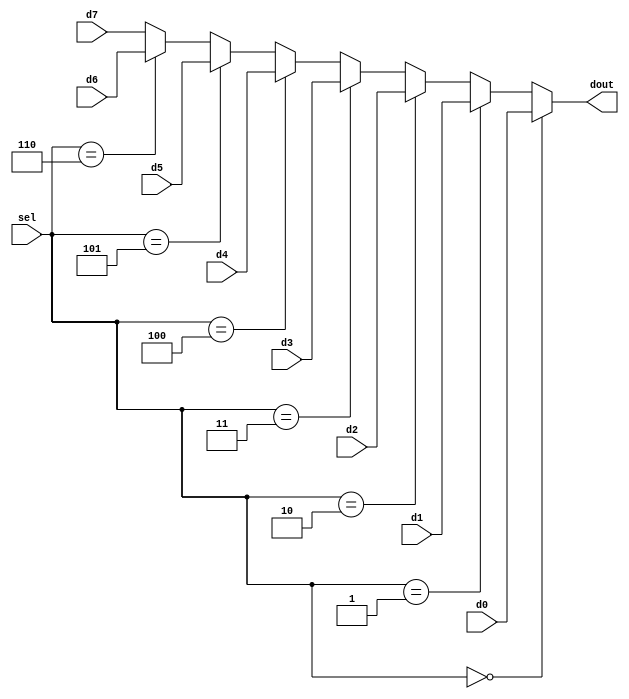
module Mux8(
    input [MuxWidth-1 : 0] d0,
    input [MuxWidth-1 : 0]  d1,
    input [MuxWidth-1 : 0]  d2,
    input [MuxWidth-1 : 0]  d3,
    input [MuxWidth-1 : 0] d4,
    input [MuxWidth-1 : 0]  d5,
    input [MuxWidth-1 : 0]  d6,
    input [MuxWidth-1 : 0]  d7,
    input [2:0] sel,
    output [MuxWidth-1 : 0] dout
    );
	parameter MuxWidth = 32;
	assign dout =  (sel == 0 )? d0 : 
			    (sel == 1 )?d1 :	
				(sel == 2 )?d2:	
				(sel == 3 )?d3:	
                (sel == 4 )?d4:	
                (sel == 5 )?d5:	
                (sel == 6 )?d6:	
                d7;	
endmodule